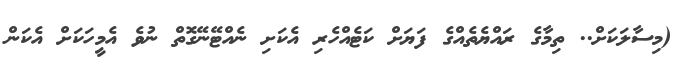
(މިސާލަކަށް.. ތިމާގެ ރައްޔެތެއްގެ ފަޔަށް ކަޓެއްހެރި އެކަށި ނެއްޓޭނޭގޮތް ނުވެ އެމީހަކަށް އެކަން